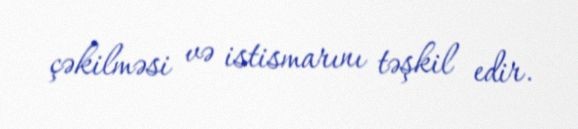
çəkilməsi və istismarını təşkil edir.